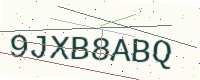
Text: 9JXB8ABQ